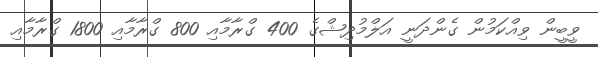
ވީބީން ވިއްކަމުން ގެންދަނީ އަލްމުދިޝްގެ 400 ގްރާމާއި 800 ގްރާމާއި 1800 ގްރާމާއި